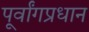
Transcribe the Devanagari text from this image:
पूर्वांगप्रधान